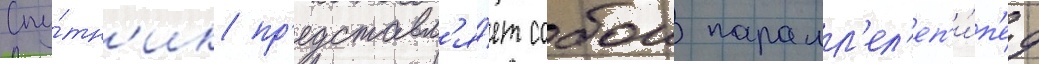
Спу́тн'ик пр'едставл'я́ет собои паралл'ел'еп'и́п'ед